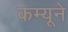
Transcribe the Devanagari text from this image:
कम्यूने